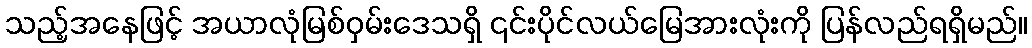
သည့်အနေဖြင့် အယာလုံမြစ်ဝှမ်းဒေသရှိ ၎င်းပိုင်လယ်မြေအားလုံးကို ပြန်လည်ရရှိမည်။